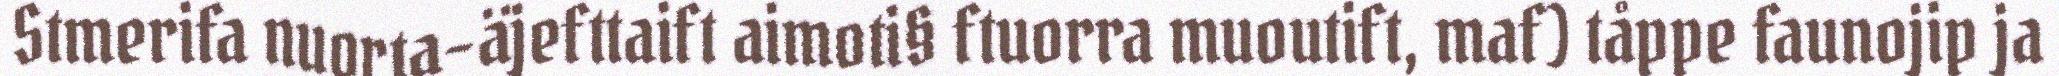
Stmerifa nuorta-äjefttaift aimoti§ ftuorra muoutift, maf) tåppe faunojip ja